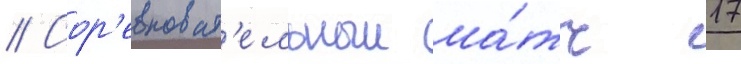
// Сор'евноват'ельныи ма́тч 17